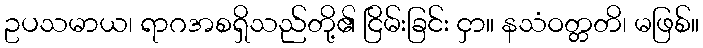
ဥပသမာယ၊ ရာဂအစရှိသည်တို့၏ ငြိမ်းခြင်း ငှာ။ နသံဝတ္တတိ၊ မဖြစ်။